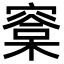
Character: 𣘿